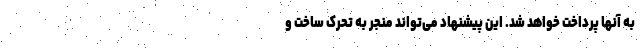
به آنها پرداخت خواهد شد. این پیشنهاد می‌تواند منجر به تحرک ساخت و